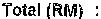
TOTAL (RM) :